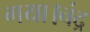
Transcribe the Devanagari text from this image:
गया।चंद्र